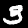
Digit: 3